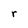
Character: r